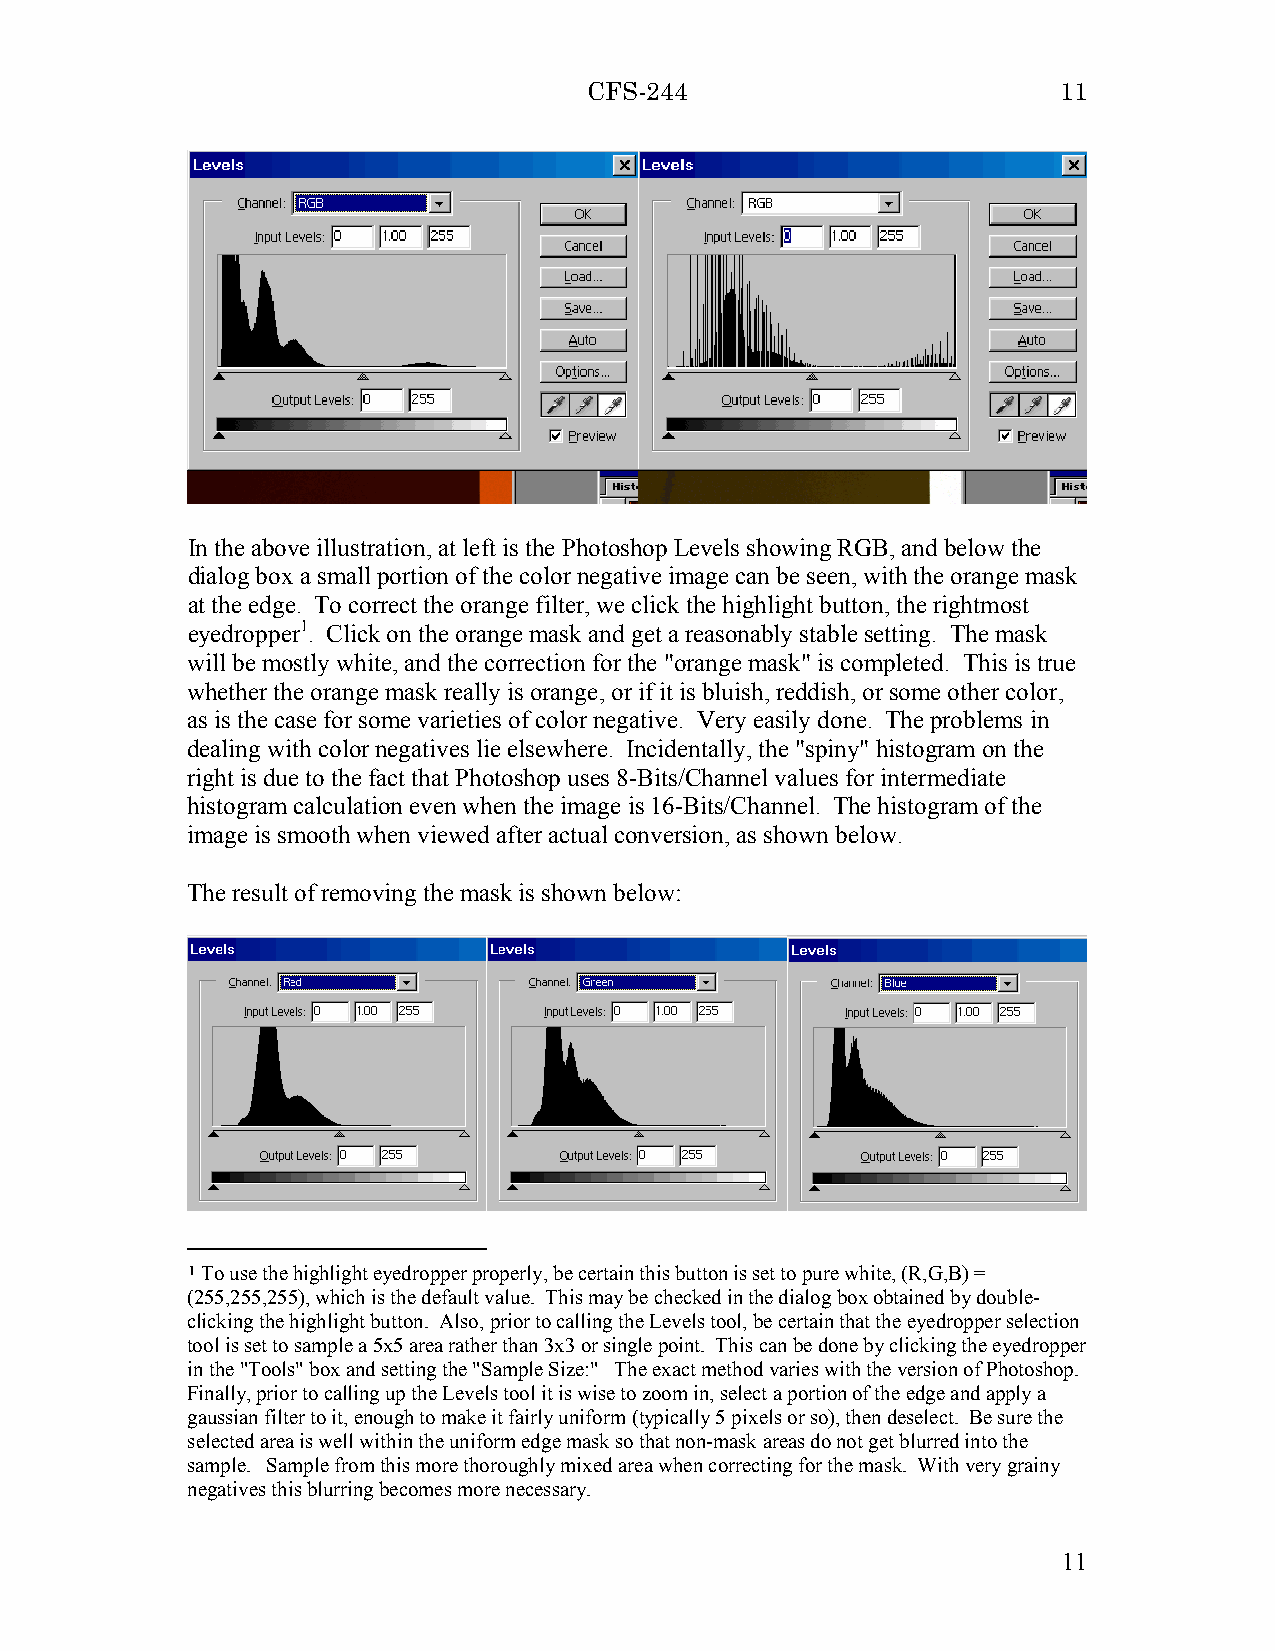
CFS-244                        11
 In the above illustration, at left is the Photoshop Levels showing RGB, and below the
 dialog box a small portion of the color negative image can be seen, with the orange mask
 at the edge. To correct the orange filter, we click the highlight button, the rightmost
 eyedropper1. Click on the orange mask and get a reasonably stable setting. The mask
 will be mostly white, and the correction for the "orange mask" is completed. This is true
 whether the orange mask really is orange, or if it is bluish, reddish, or some other color,
 as is the case for some varieties of color negative. Very easily done. The problems in
 dealing with color negatives lie elsewhere. Incidentally, the "spiny" histogram on the
 right is due to the fact that Photoshop uses 8-Bits/Channel values for intermediate
 histogram calculation even when the image is 16-Bits/Channel. The histogram of the
 image is smooth when viewed after actual conversion, as shown below.
 The result of removing the mask is shown below:
 1 To use the highlight eyedropper properly, be certain this button is set to pure white, (R,G,B) =
 (255,255,255), which is the default value. This may be checked in the dialog box obtained by double-
 clicking the highlight button. Also, prior to calling the Levels tool, be certain that the eyedropper selection
 tool is set to sample a 5x5 area rather than 3x3 or single point. This can be done by clicking the eyedropper
 in the "Tools" box and setting the "Sample Size:" The exact method varies with the version of Photoshop.
 Finally, prior to calling up the Levels tool it is wise to zoom in, select a portion of the edge and apply a
 gaussian filter to it, enough to make it fairly uniform (typically 5 pixels or so), then deselect. Be sure the
 selected area is well within the uniform edge mask so that non-mask areas do not get blurred into the
 sample. Sample from this more thoroughly mixed area when correcting for the mask. With very grainy
 negatives this blurring becomes more necessary.
 11